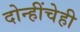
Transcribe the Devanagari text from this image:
दोन्हींचेही